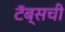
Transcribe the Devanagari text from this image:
टॅब्सची